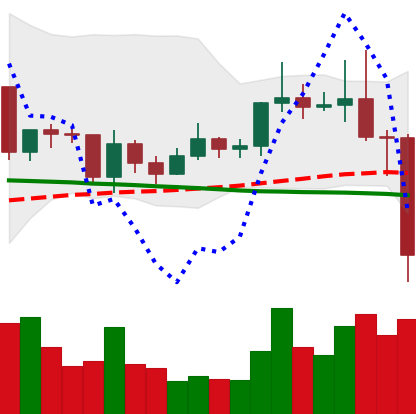
Ticker: ETC-USD
Chart end date: 2020-12-23
Forward return: 16.604%
Label: up_7plus